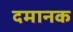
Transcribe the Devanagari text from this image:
दमानक